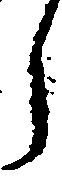
ら